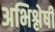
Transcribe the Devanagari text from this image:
अभिश्लेषी